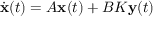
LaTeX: { \dot { \mathbf { x } } } ( t ) = A \mathbf { x } ( t ) + B K \mathbf { y } ( t )